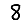
Digit: 8